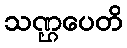
သဏ္ဌပေတိ